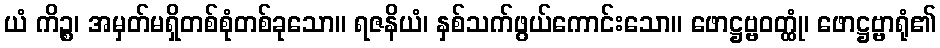
ယံ ကိဉ္စ၊ အမှတ်မရှိတစ်စုံတစ်ခုသော။ ရဇနိယံ၊ နှစ်သက်ဖွယ်ကောင်းသော။ ဖောဋ္ဌဗ္ဗဝတ္ထုံ၊ ဖောဋ္ဌဗ္ဗာရုံ၏